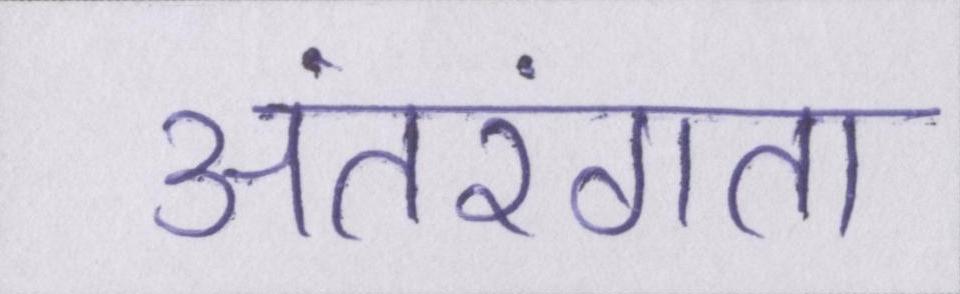
अंतरंगता